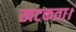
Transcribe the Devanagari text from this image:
खटकता।